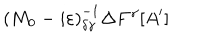
\left( M _ { 0 } - i \varepsilon \right) _ { \delta \gamma } ^ { - 1 } \Delta F ^ { \gamma } [ A ^ { \prime } ]